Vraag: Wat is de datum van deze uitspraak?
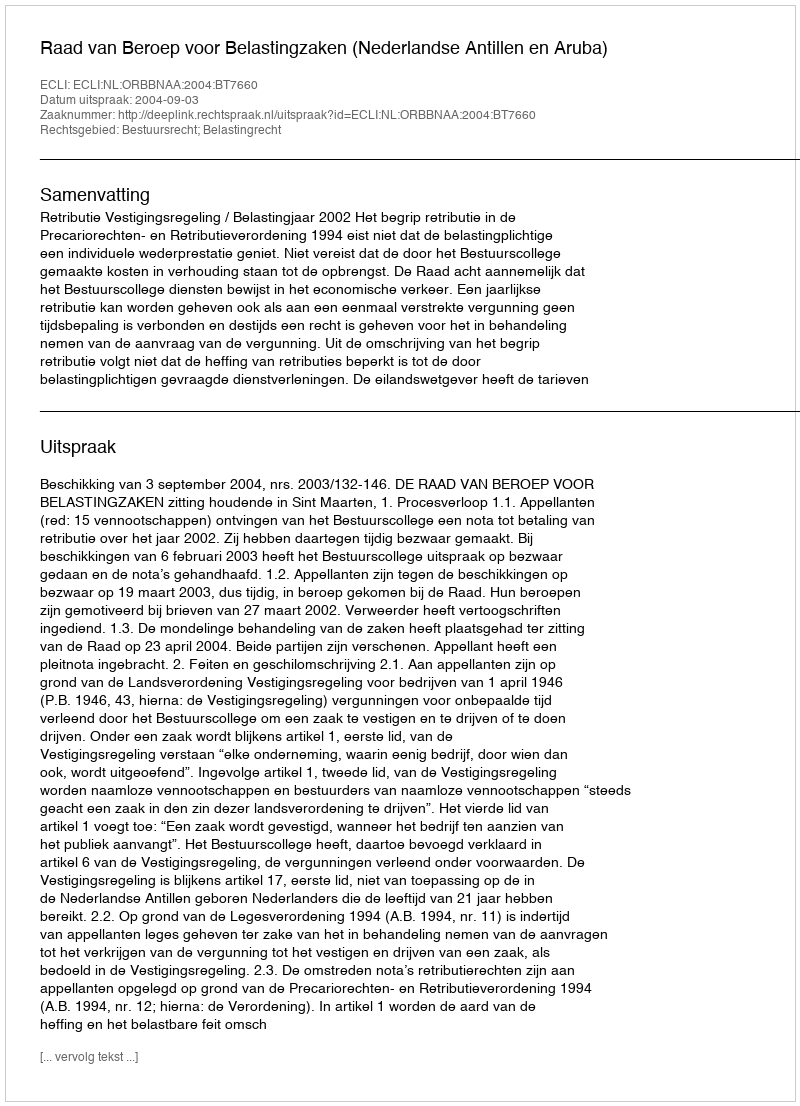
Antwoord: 2004-09-03